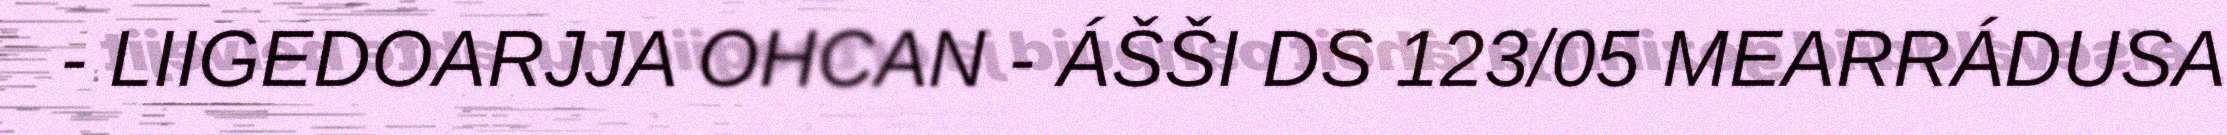
- LIIGEDOARJJA OHCAN - ÁŠŠI DS 123/05 MEARRÁDUSA